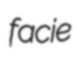
facie